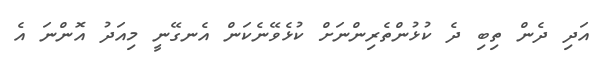
އަދި ދެން ތިބި ދެ ކުޅުންތެރިންނަށް ކުޅެވޭނެކަން އެނގޭނީ މިއަދު އޮންނަ އެ